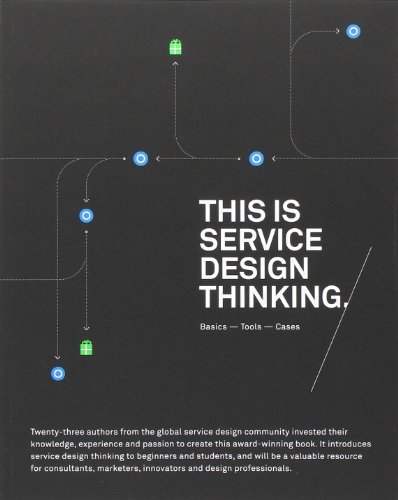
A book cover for This is Service Design Thinking: Basics, Tools, Cases; Marc Stickdorn; Business & Money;